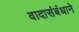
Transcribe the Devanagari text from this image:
वादासंबंधाने